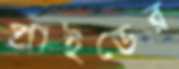
প্রাইডের